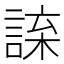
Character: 𧨯